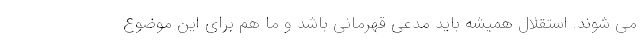
می شوند. استقلال همیشه باید مدعی قهرمانی باشد و ما هم برای این موضوع